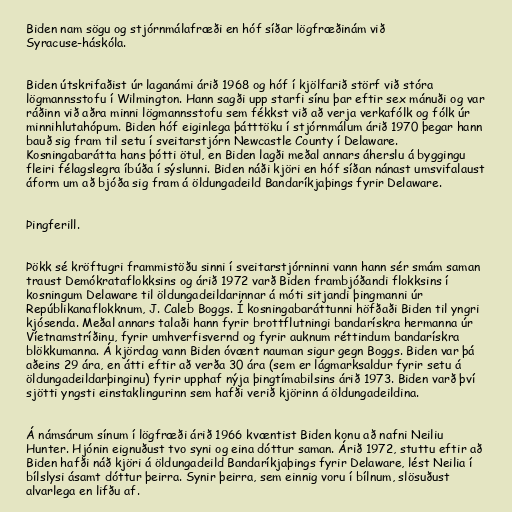
Biden nam sögu og stjórnmálafræði en hóf síðar lögfræðinám við
Syracuse-háskóla.

Biden útskrifaðist úr laganámi árið 1968 og hóf í kjölfarið störf við stóra
lögmannsstofu í Wilmington. Hann sagði upp starfi sínu þar eftir sex mánuði og var
ráðinn við aðra minni lögmannsstofu sem fékkst við að verja verkafólk og fólk úr
minnihlutahópum. Biden hóf eiginlega þátttöku í stjórnmálum árið 1970 þegar hann
bauð sig fram til setu í sveitarstjórn Newcastle County í Delaware.
Kosningabarátta hans þótti ötul, en Biden lagði meðal annars áherslu á byggingu
fleiri félagslegra íbúða í sýslunni. Biden náði kjöri en hóf síðan nánast umsvifalaust
áform um að bjóða sig fram á öldungadeild Bandaríkjaþings fyrir Delaware.

Þingferill.

Þökk sé kröftugri frammistöðu sinni í sveitarstjórninni vann hann sér smám saman
traust Demókrataflokksins og árið 1972 varð Biden frambjóðandi flokksins í
kosningum Delaware til öldungadeildarinnar á móti sitjandi þingmanni úr
Repúblikanaflokknum, J. Caleb Boggs. Í kosningabaráttunni höfðaði Biden til yngri
kjósenda. Meðal annars talaði hann fyrir brottflutningi bandarískra hermanna úr
Víetnamstríðinu, fyrir umhverfisvernd og fyrir auknum réttindum bandarískra
blökkumanna. Á kjördag vann Biden óvænt nauman sigur gegn Boggs. Biden var þá
aðeins 29 ára, en átti eftir að verða 30 ára (sem er lágmarksaldur fyrir setu á
öldungadeildarþinginu) fyrir upphaf nýja þingtímabilsins árið 1973. Biden varð því
sjötti yngsti einstaklingurinn sem hafði verið kjörinn á öldungadeildina.

Á námsárum sínum í lögfræði árið 1966 kvæntist Biden konu að nafni Neiliu
Hunter. Hjónin eignuðust tvo syni og eina dóttur saman. Árið 1972, stuttu eftir að
Biden hafði náð kjöri á öldungadeild Bandaríkjaþings fyrir Delaware, lést Neilia í
bílslysi ásamt dóttur þeirra. Synir þeirra, sem einnig voru í bílnum, slösuðust
alvarlega en lifðu af.